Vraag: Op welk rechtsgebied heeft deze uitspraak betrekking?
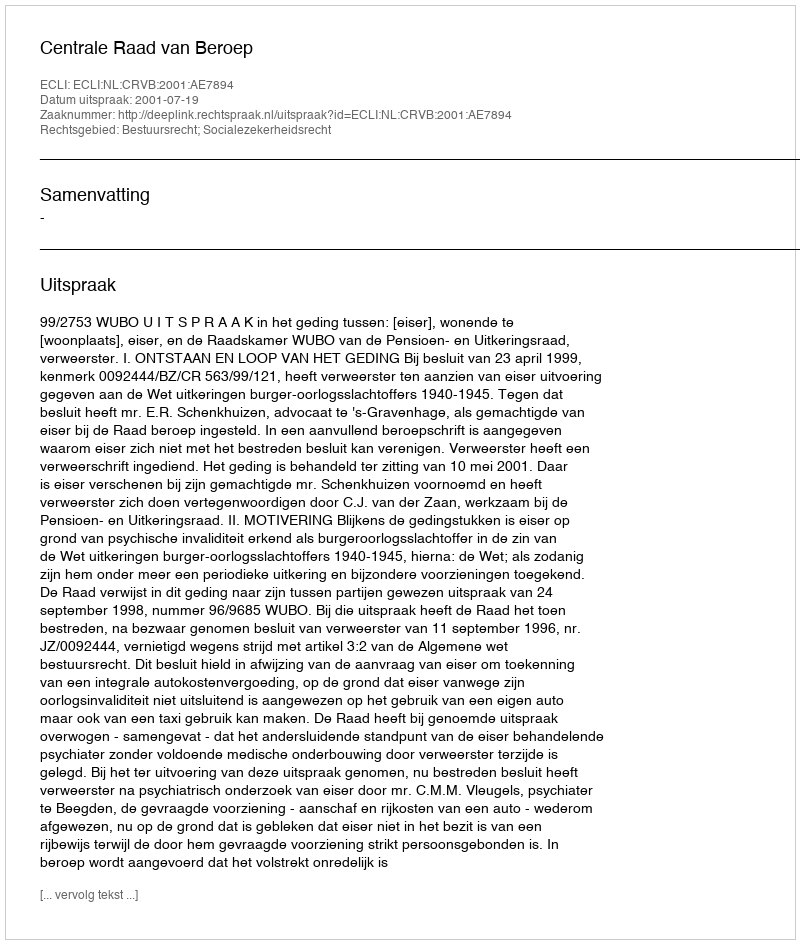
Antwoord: Bestuursrecht; Socialezekerheidsrecht